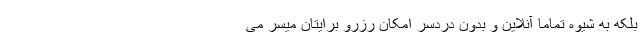
بلکه به شیوه تماماً آنلاین و بدون دردسر امکان رزرو برایتان میسر می